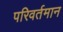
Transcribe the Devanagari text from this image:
परिवर्तमान